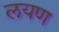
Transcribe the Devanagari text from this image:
लयण